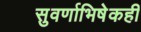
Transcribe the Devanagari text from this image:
सुवर्णाभिषेकही